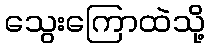
သွေးကြောထဲသို့